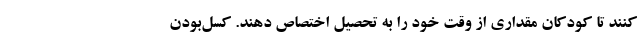
کنند تا کودکان مقداری از وقت خود را به تحصیل اختصاص دهند. کسل‌بودن